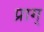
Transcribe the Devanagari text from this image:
प्राग्‌